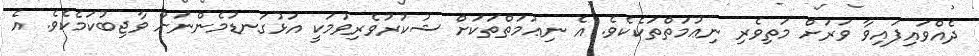
ދެއްވައިފައިވާ ވަރަށް މަތިވެރި ނިޢުމަތްތަކެކެވެ. އެ ނިޢުމަތްތަކަށް ޝުކުރުވެރިވުމަކީ އަޅުގަނޑުމެންނަށް ވާޖިބުކަމެކެވެ. އެ